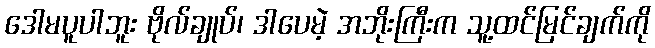
ဒေါမပူပါဘူး ဗိုလ်ချုပ်၊ ဒါပေမဲ့ အဘိုးကြီးက သူ့ထင်မြင်ချက်ကို